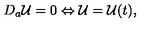
D _ { a } { \cal U } = 0 \Leftrightarrow { \cal U } = { \cal U } ( t ) ,